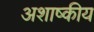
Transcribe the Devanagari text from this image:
अशाष्कीय